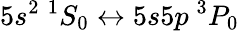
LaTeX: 5s^{2}~{}^{1}S_{0}\leftrightarrow 5s5p~{}^{3}P_{0}